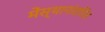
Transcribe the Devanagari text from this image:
मेंस्थानांतरित